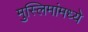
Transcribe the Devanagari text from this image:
मुस्लिमांमध्ये